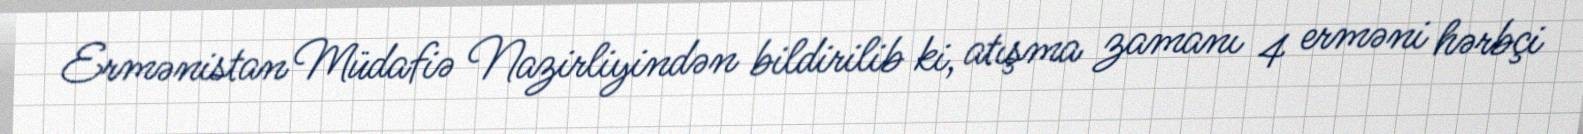
Ermənistan Müdafiə Nazirliyindən bildirilib ki, atışma zamanı 4 erməni hərbçi